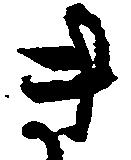
き